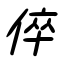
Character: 倅